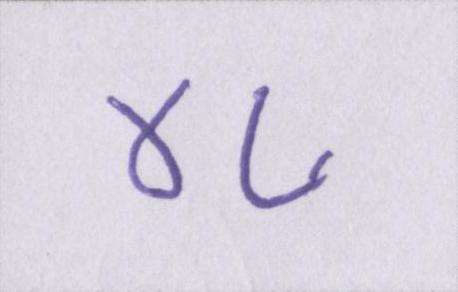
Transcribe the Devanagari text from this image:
४८